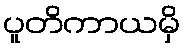
ပူတိကာယမှိ